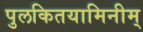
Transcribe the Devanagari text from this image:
पुलकितयामिनीम्